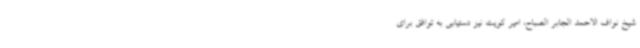
شیخ نواف الاحمد الجابر الصباح، امیر کویت نیز دستیابی به توافق برای